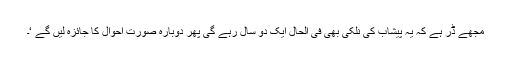
مجھے ڈر ہے کہ یہ پیشاب کی نلکی بھی فی الحال ایک دو سال رہے گی پھر دوبارہ صورتِ احوال کا جائزہ لیں گے ‘۔